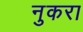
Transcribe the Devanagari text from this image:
नुकरा